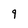
Character: 9